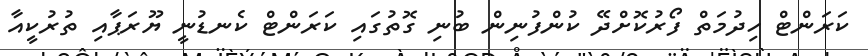
ކަރަންޓް ހިދުމަތް ފޯރުކޮށްދޭ ކުންފުނިން ބުނި ގޮތުގައި ކަރަންޓް ކެނޑުނީ ޔޫރަޕާއި ތުރުކީއާ